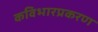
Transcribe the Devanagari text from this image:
कविभारप्रकरण